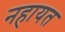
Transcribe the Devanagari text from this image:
नहायत